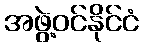
အဖွဲ့ဝင်နိုင်ငံ